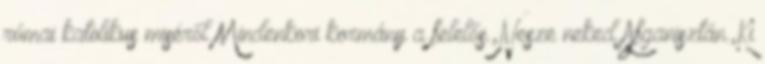
római katolikus miséről Mindenkori kormány a felelős.,Nesze neked Afganisztán.,Ki